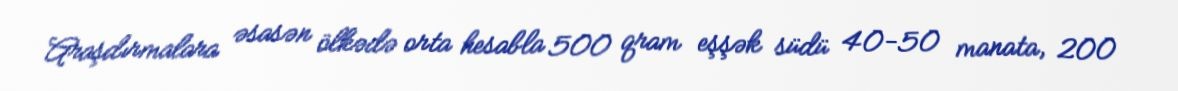
Araşdırmalara əsasən ölkədə orta hesabla 500 qram eşşək südü 40-50 manata, 200